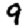
Digit: 9